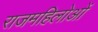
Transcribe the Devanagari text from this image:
राजमहिलोओं